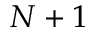
N + 1